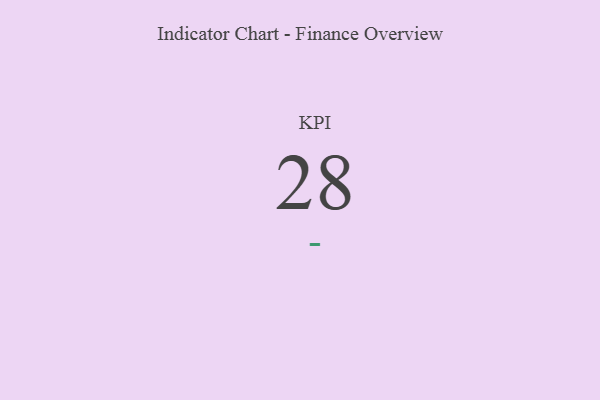
{"axis": {"x": "KPI", "y": "Value"}, "legend": [""], "data": [{"x": "KPI", "y": 28, "type": ""}]}